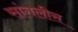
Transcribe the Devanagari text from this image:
सांगलीस